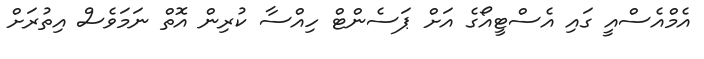
އެމްއެސްއީ ގައި އެސްޓީއޯގެ އަށް ޕަސެންޓް ހިއްސާ ކުރިން އޮތް ނަމަވެސް އިތުރަށް